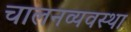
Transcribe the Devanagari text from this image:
चालनव्यवस्था